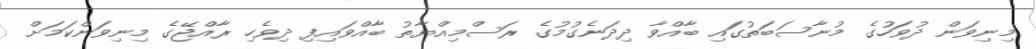
މިނިވަން ދުވަހުގެ މުނާސަބަތުގައި ބާއްވާ ދިދަނެގުމުގެ ރަސްމިއްޔާތު ބާއްވައިފި ދިވެހި ރާއްޖޭގެ މިނިވަންކަމަށް